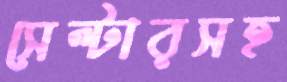
সেল্টারসহ